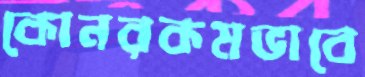
কোনরকমভাবে